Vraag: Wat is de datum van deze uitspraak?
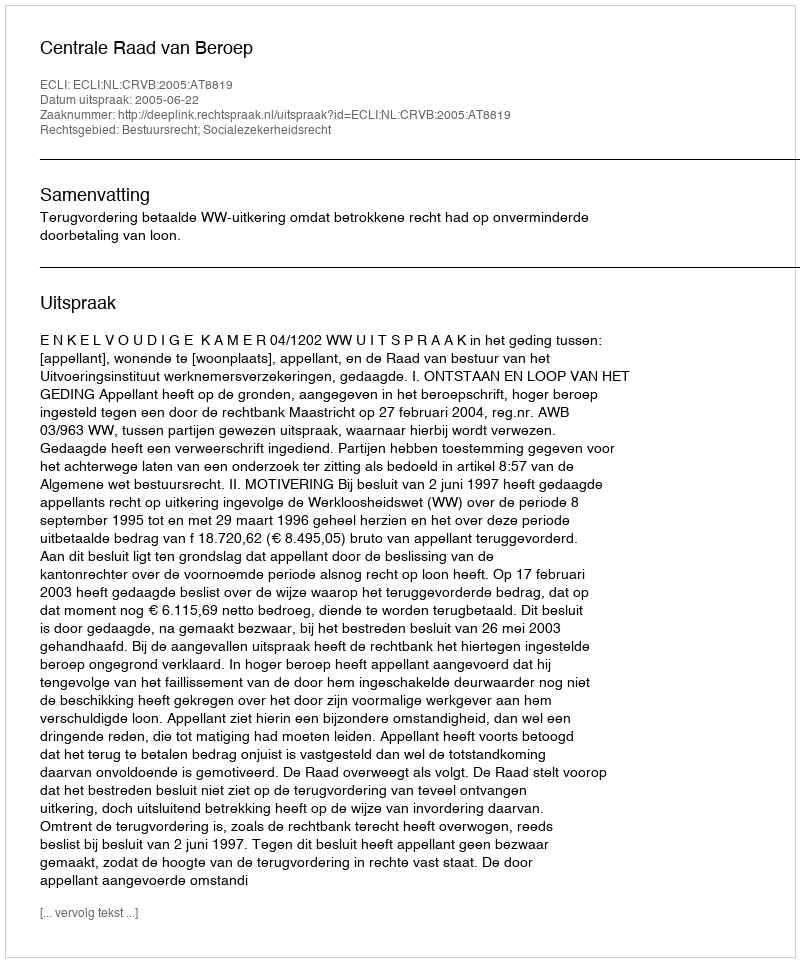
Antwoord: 2005-06-22